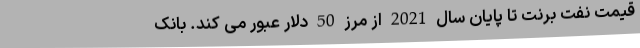
قیمت نفت برنت تا پایان سال 2021 از مرز 50 دلار عبور می کند. بانک